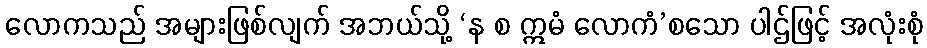
လောကသည် အများဖြစ်လျက် အဘယ်သို့ ‘န စ ဣမံ လောကံ’စသော ပါဌ်ဖြင့် အလုံးစုံ